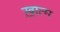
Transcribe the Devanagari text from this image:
ख़ात्म